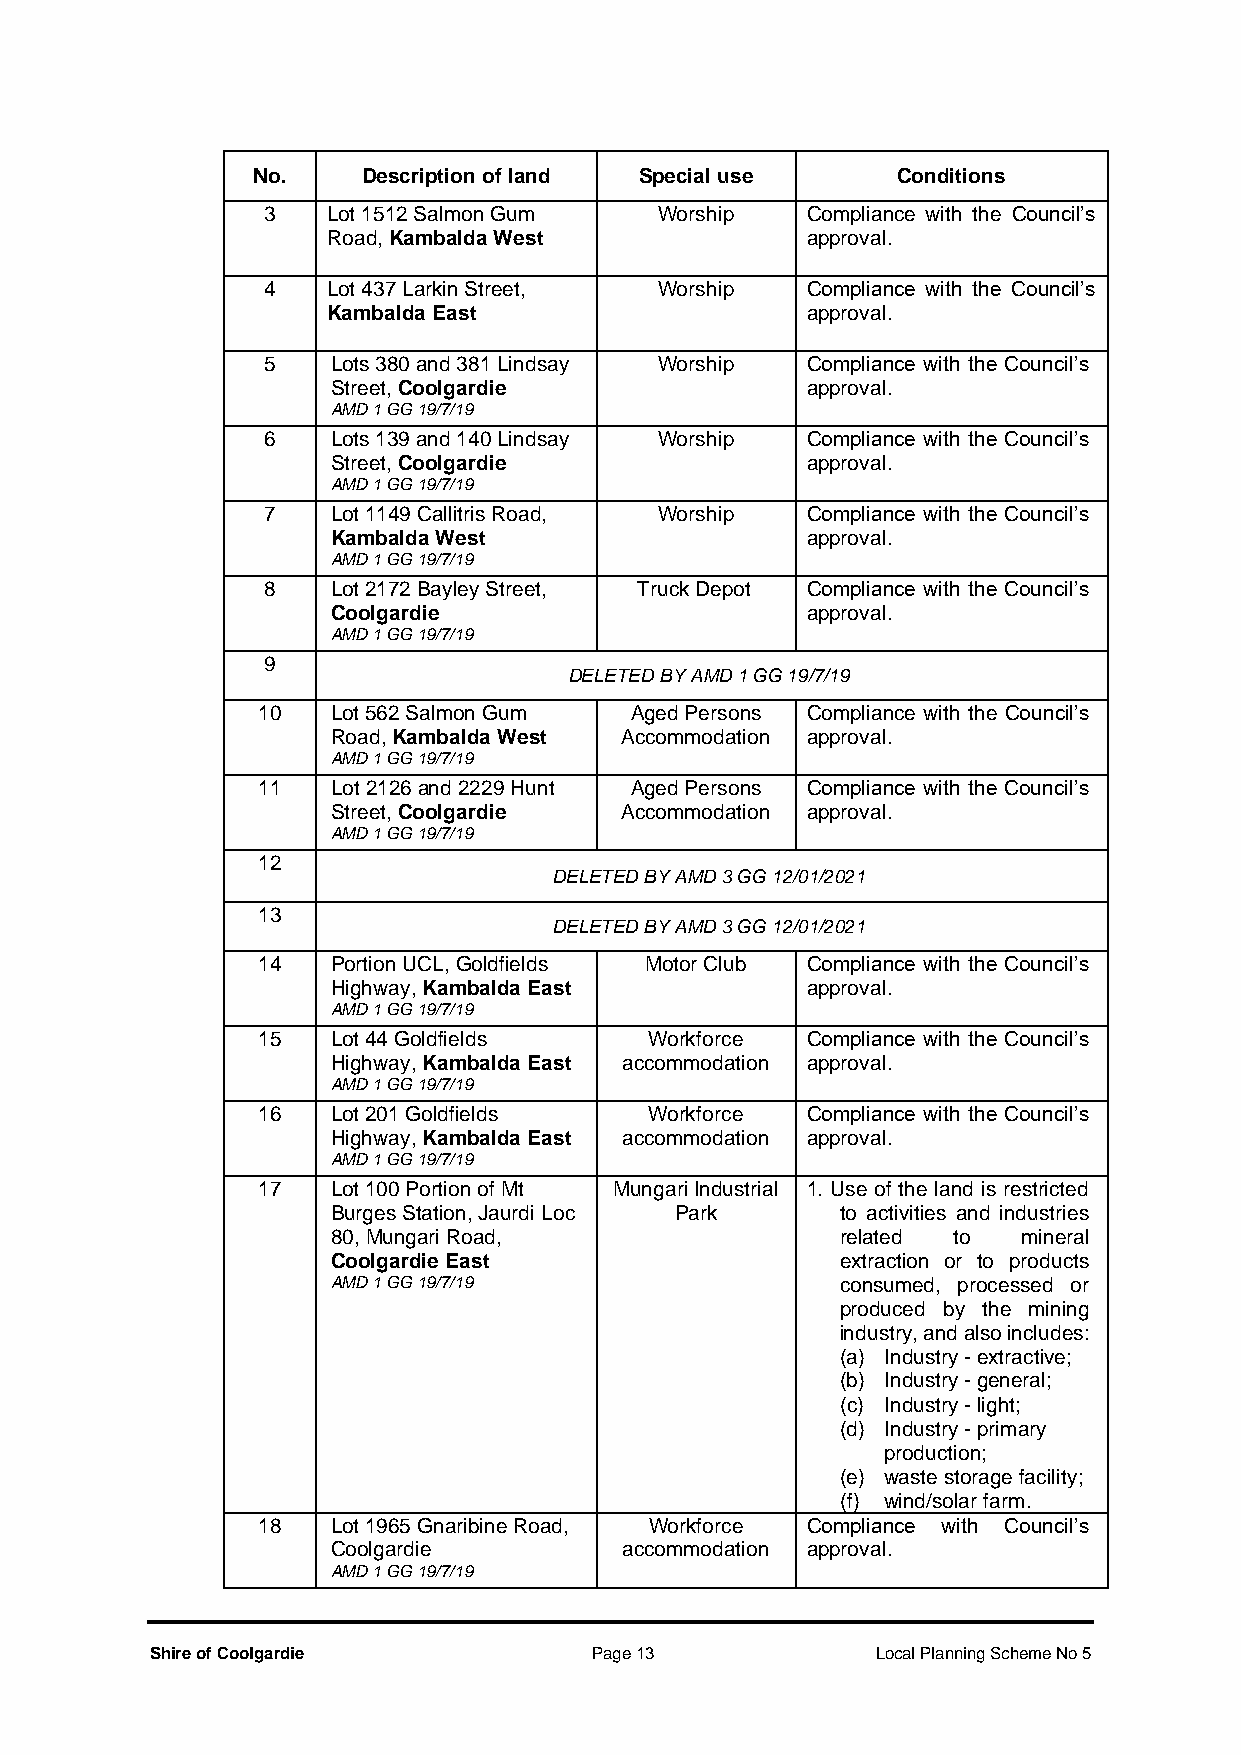
No.    Description of land Special use    Conditions
 3    Lot 1512 Salmon Gum   Worship  Compliance with the Council’s
 Road, Kambalda West            approval.
 4    Lot 437 Larkin Street, Worship Compliance with the Council’s
 Kambalda East                  approval.
 5    Lots 380 and 381 Lindsay Worship Compliance with the Council’s
 Street, Coolgardie             approval.
 AMD 1 GG 19/7/19
 6    Lots 139 and 140 Lindsay Worship Compliance with the Council’s
 Street, Coolgardie             approval.
 AMD 1 GG 19/7/19
 7    Lot 1149 Callitris Road, Worship Compliance with the Council’s
 Kambalda West                  approval.
 AMD 1 GG 19/7/19
 8    Lot 2172 Bayley Street, Truck Depot Compliance with the Council’s
 Coolgardie                     approval.
 AMD 1 GG 19/7/19
 9
 DELETED BY AMD 1 GG 19/7/19
 10   Lot 562 Salmon Gum  Aged Persons Compliance with the Council’s
 Road, Kambalda West Accommodation approval.
 AMD 1 GG 19/7/19
 11   Lot 2126 and 2229 Hunt Aged Persons Compliance with the Council’s
 Street, Coolgardie Accommodation approval.
 AMD 1 GG 19/7/19
 12
 DELETED BY AMD 3 GG 12/01/2021
 13
 DELETED BY AMD 3 GG 12/01/2021
 14   Portion UCL, Goldfields Motor Club Compliance with the Council’s
 Highway, Kambalda East         approval.
 AMD 1 GG 19/7/19
 15   Lot 44 Goldfields    Workforce Compliance with the Council’s
 Highway, Kambalda East accommodation approval.
 AMD 1 GG 19/7/19
 16   Lot 201 Goldfields   Workforce Compliance with the Council’s
 Highway, Kambalda East accommodation approval.
 AMD 1 GG 19/7/19
 17   Lot 100 Portion of Mt Mungari Industrial 1. Use of the land is restricted
 Burges Station, Jaurdi Loc Park   to activities and industries
 80, Mungari Road,                 related to  mineral
 Coolgardie East                   extraction or to products
 AMD 1 GG 19/7/19                  consumed, processed or
 produced by the mining
 industry, and also includes:
 (a) Industry - extractive;
 (b) Industry - general;
 (c) Industry - light;
 (d) Industry - primary
 production;
 (e) waste storage facility;
 (f) wind/solar farm.
 18   Lot 1965 Gnaribine Road, Workforce Compliance with Council’s
 Coolgardie         accommodation approval.
 AMD 1 GG 19/7/19
 Shire of Coolgardie          Page 13            Local Planning Scheme No 5